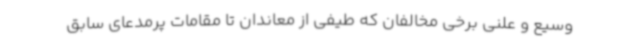
وسیع و علنی برخی مخالفان که طیفی از معاندان تا مقامات پرمدعای سابق